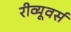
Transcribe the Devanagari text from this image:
रीव्यूवर्स